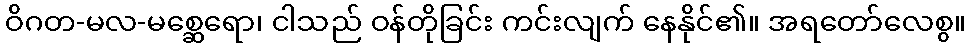
ဝိဂတ-မလ-မစ္ဆေရော၊ ငါသည် ဝန်တိုခြင်း ကင်းလျက် နေနိုင်၏။ အရတော်လေစွ။